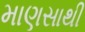
માણસાથી